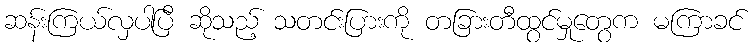
ဆန်းကြယ်လှပါပြီ ဆိုသည့် သတင်းပြားကို တခြားတီထွင်မှုတွေက မကြာခင်